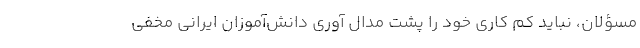
مسؤلان، نباید کم کاری خود را پشت مدال آوری دانش‌آموزان ایرانی مخفی